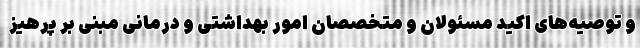
و توصیه‌های اکید مسئولان و متخصصان امور بهداشتی و درمانی مبنی بر پرهیز